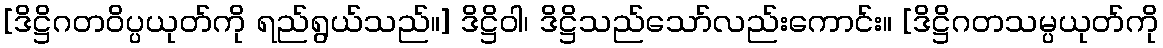
[ဒိဋ္ဌိဂတဝိပ္ပယုတ်ကို ရည်ရွယ်သည်။] ဒိဋ္ဌိဝါ၊ ဒိဋ္ဌိသည်သော်လည်းကောင်း။ [ဒိဋ္ဌိဂတသမ္ပယုတ်ကို